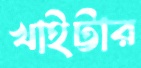
খাইট্টার